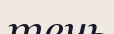
течь